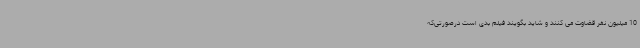
10 میلیون نفر قضاوت می کنند و شاید بگویند فیلم بدی است درصورتی‌که